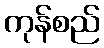
ကုန်စည်